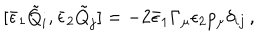
[ { \bar { \epsilon } } _ { 1 } { \tilde { Q } } _ { i } , { \bar { \epsilon } } _ { 2 } { \tilde { Q } } _ { j } ] = - 2 { \bar { \epsilon } _ { 1 } } \Gamma _ { \mu } \epsilon _ { 2 } p _ { \mu } \delta _ { i j } \, ,